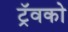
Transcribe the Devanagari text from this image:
ट्रॅवको